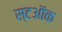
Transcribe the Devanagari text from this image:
स्टऑक